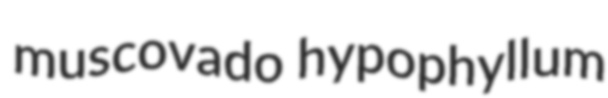
muscovado hypophyllum